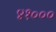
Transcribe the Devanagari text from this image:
४१०००